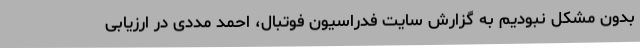
بدون مشکل نبودیم به گزارش سایت فدراسیون فوتبال، احمد مددی در ارزیابی